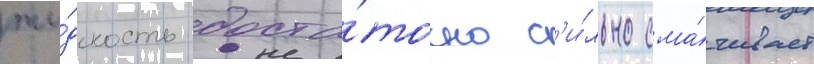
жи́дкость доста́точно с'и́льно сма́чивает